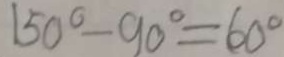
1 5 0 ^ { \circ } - 9 0 ^ { \circ } = 6 0 ^ { \circ }